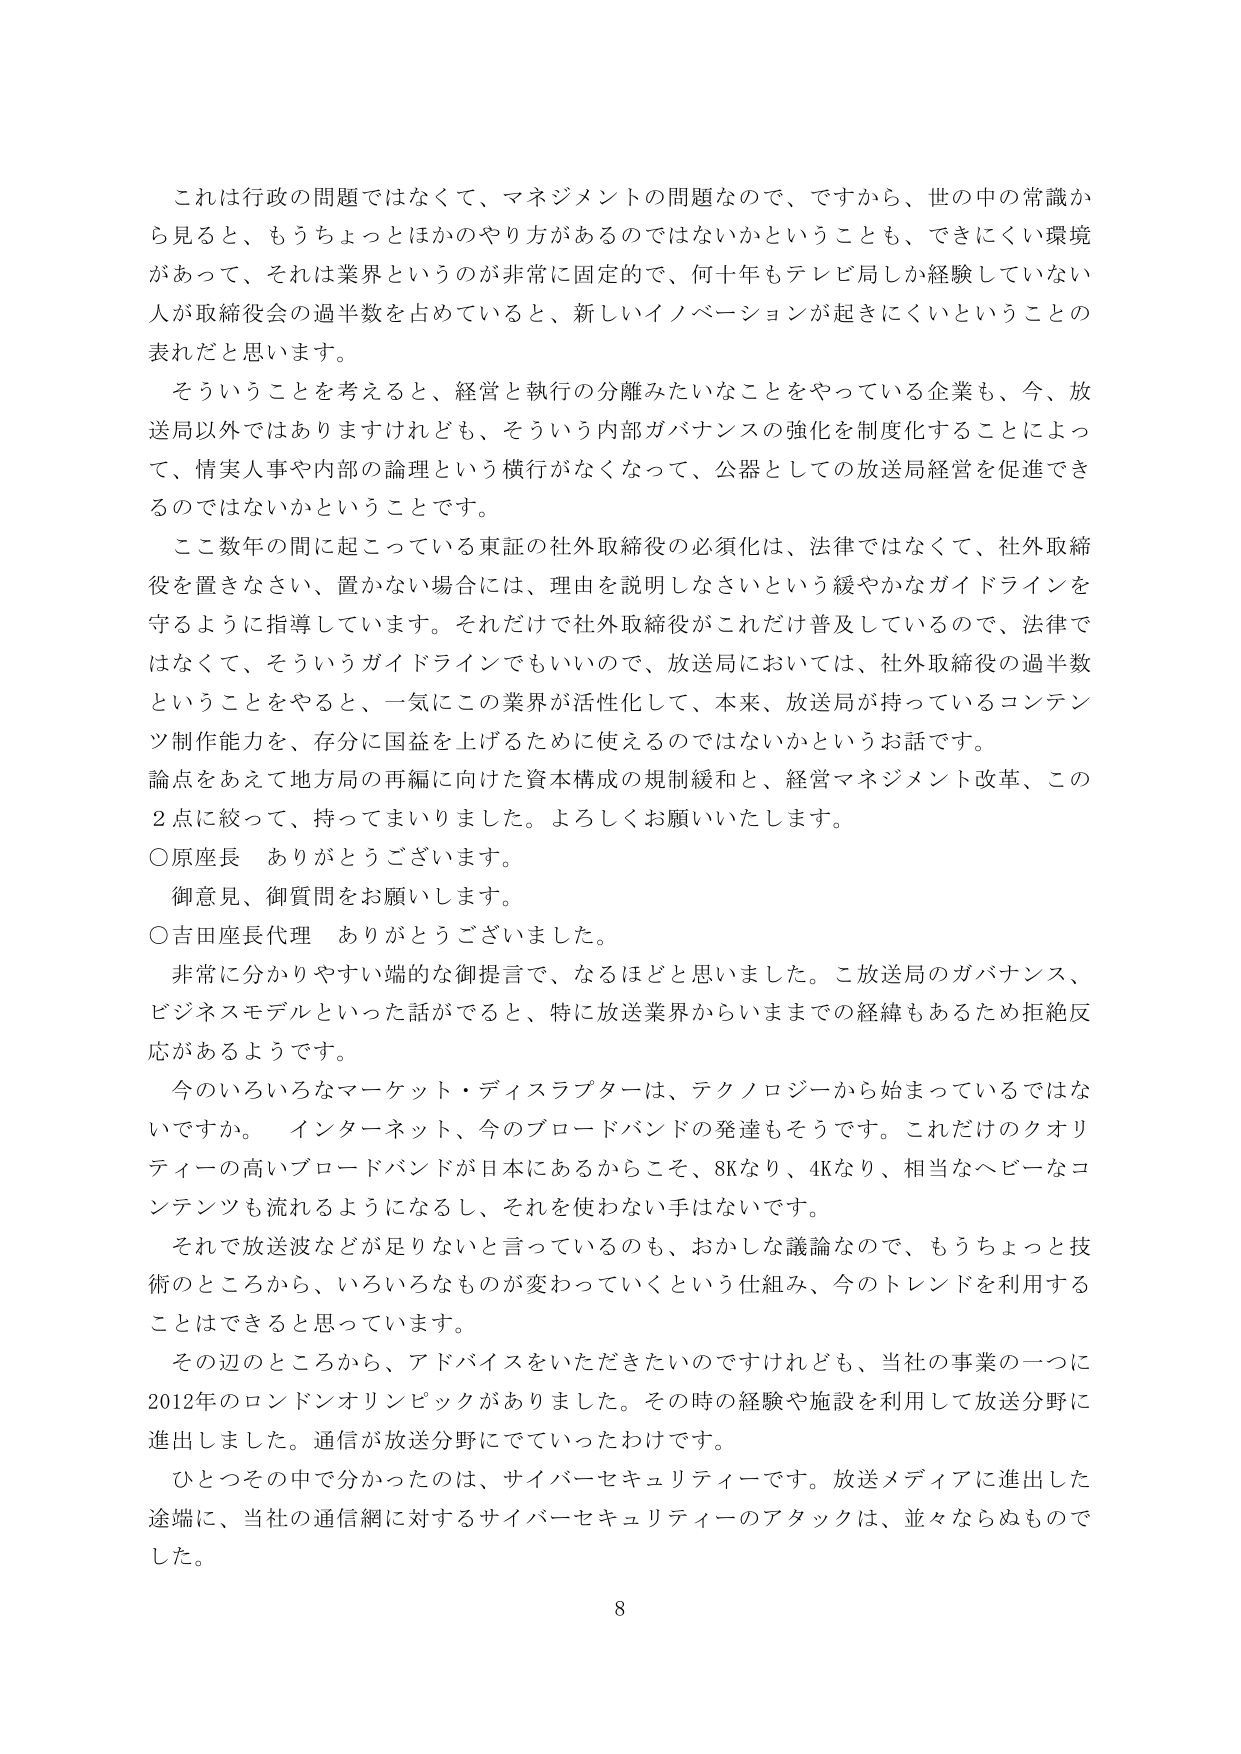
これは行政の問題ではなくて、マネジメントの問題なので、ですから、世の中の常識から見ると、もうちょっとほかのやり方があるのではないかということも、できにくい環境があって、それは業界というのが非常に固定的で、何十年もテレビ局しか経験していない人が取締役会の過半数を占めていると、新しいイノベーションが起きにくいということの表れだと思います。

そういうことを考えると、経営と執行の分離みたいなことをやっている企業も、今、放送局以外ではありますけれども、そういう内部ガバナンスの強化を制度化することによって、情実人事や内部の論理という横行がなくなって、公器としての放送局経営を促進できるのではないかということです。

ここ数年の間に起こっている東証の社外取締役の必須化は、法律ではなくて、社外取締役を置きなさい、置かない場合には、理由を説明しなさいという緩やかなガイドラインを守るように指導しています。それだけで社外取締役がこれだけ普及しているので、法律ではなくて、そういうガイドラインでもいいので、放送局においては、社外取締役の過半数ということをやると、一気にこの業界が活性化して、本来、放送局が持っているコンテンツ制作能力を、存分に国益を上げるために使えるのではないかというお話です。

論点をあえて地方局の再編に向けた資本構成の規制緩和と、経営マネジメント改革、この2点に絞って、持ってまいりました。よろしくお願いいたします。

○原座長　ありがとうございます。
御意見、御質問をお願いします。

○吉田座長代理　ありがとうございました。

非常に分かりやすい端的な御提言で、なるほどと思いました。こ放送局のガバナンス、ビジネスモデルといった話がでると、特に放送業界からいままでの経緯もあるため拒絶反応があるようです。

今のいろいろなマーケット・ディスラプターは、テクノロジーから始まっているではないですか。インターネット、今のブロードバンドの発達もそうです。これだけのクオリティの高いブロードバンドが日本にあるからこそ、8Kなり、4Kなり、相当なヘビーコンテンツも流れるようになるし、それを使わない手はないです。

それで放送波などが足りないと言っているのも、おかしな議論なので、もうちょっと技術のところから、いろいろなものが変わっていくという仕組み、今のトレンドを利用することができると思っています。

その辺のところから、アドバイスをいただきたいのですけれども、当社の事業の一つに2012年のロンドンオリンピックがありました。その時の経験や施設を利用して放送分野に進出しました。通信が放送分野にでていったわけです。

ひとつその中で分かったのは、サイバーセキュリティです。放送メディアに進出した途端に、当社の通信網に対するサイバーセキュリティのアタックは、並々ならぬものでした。

8